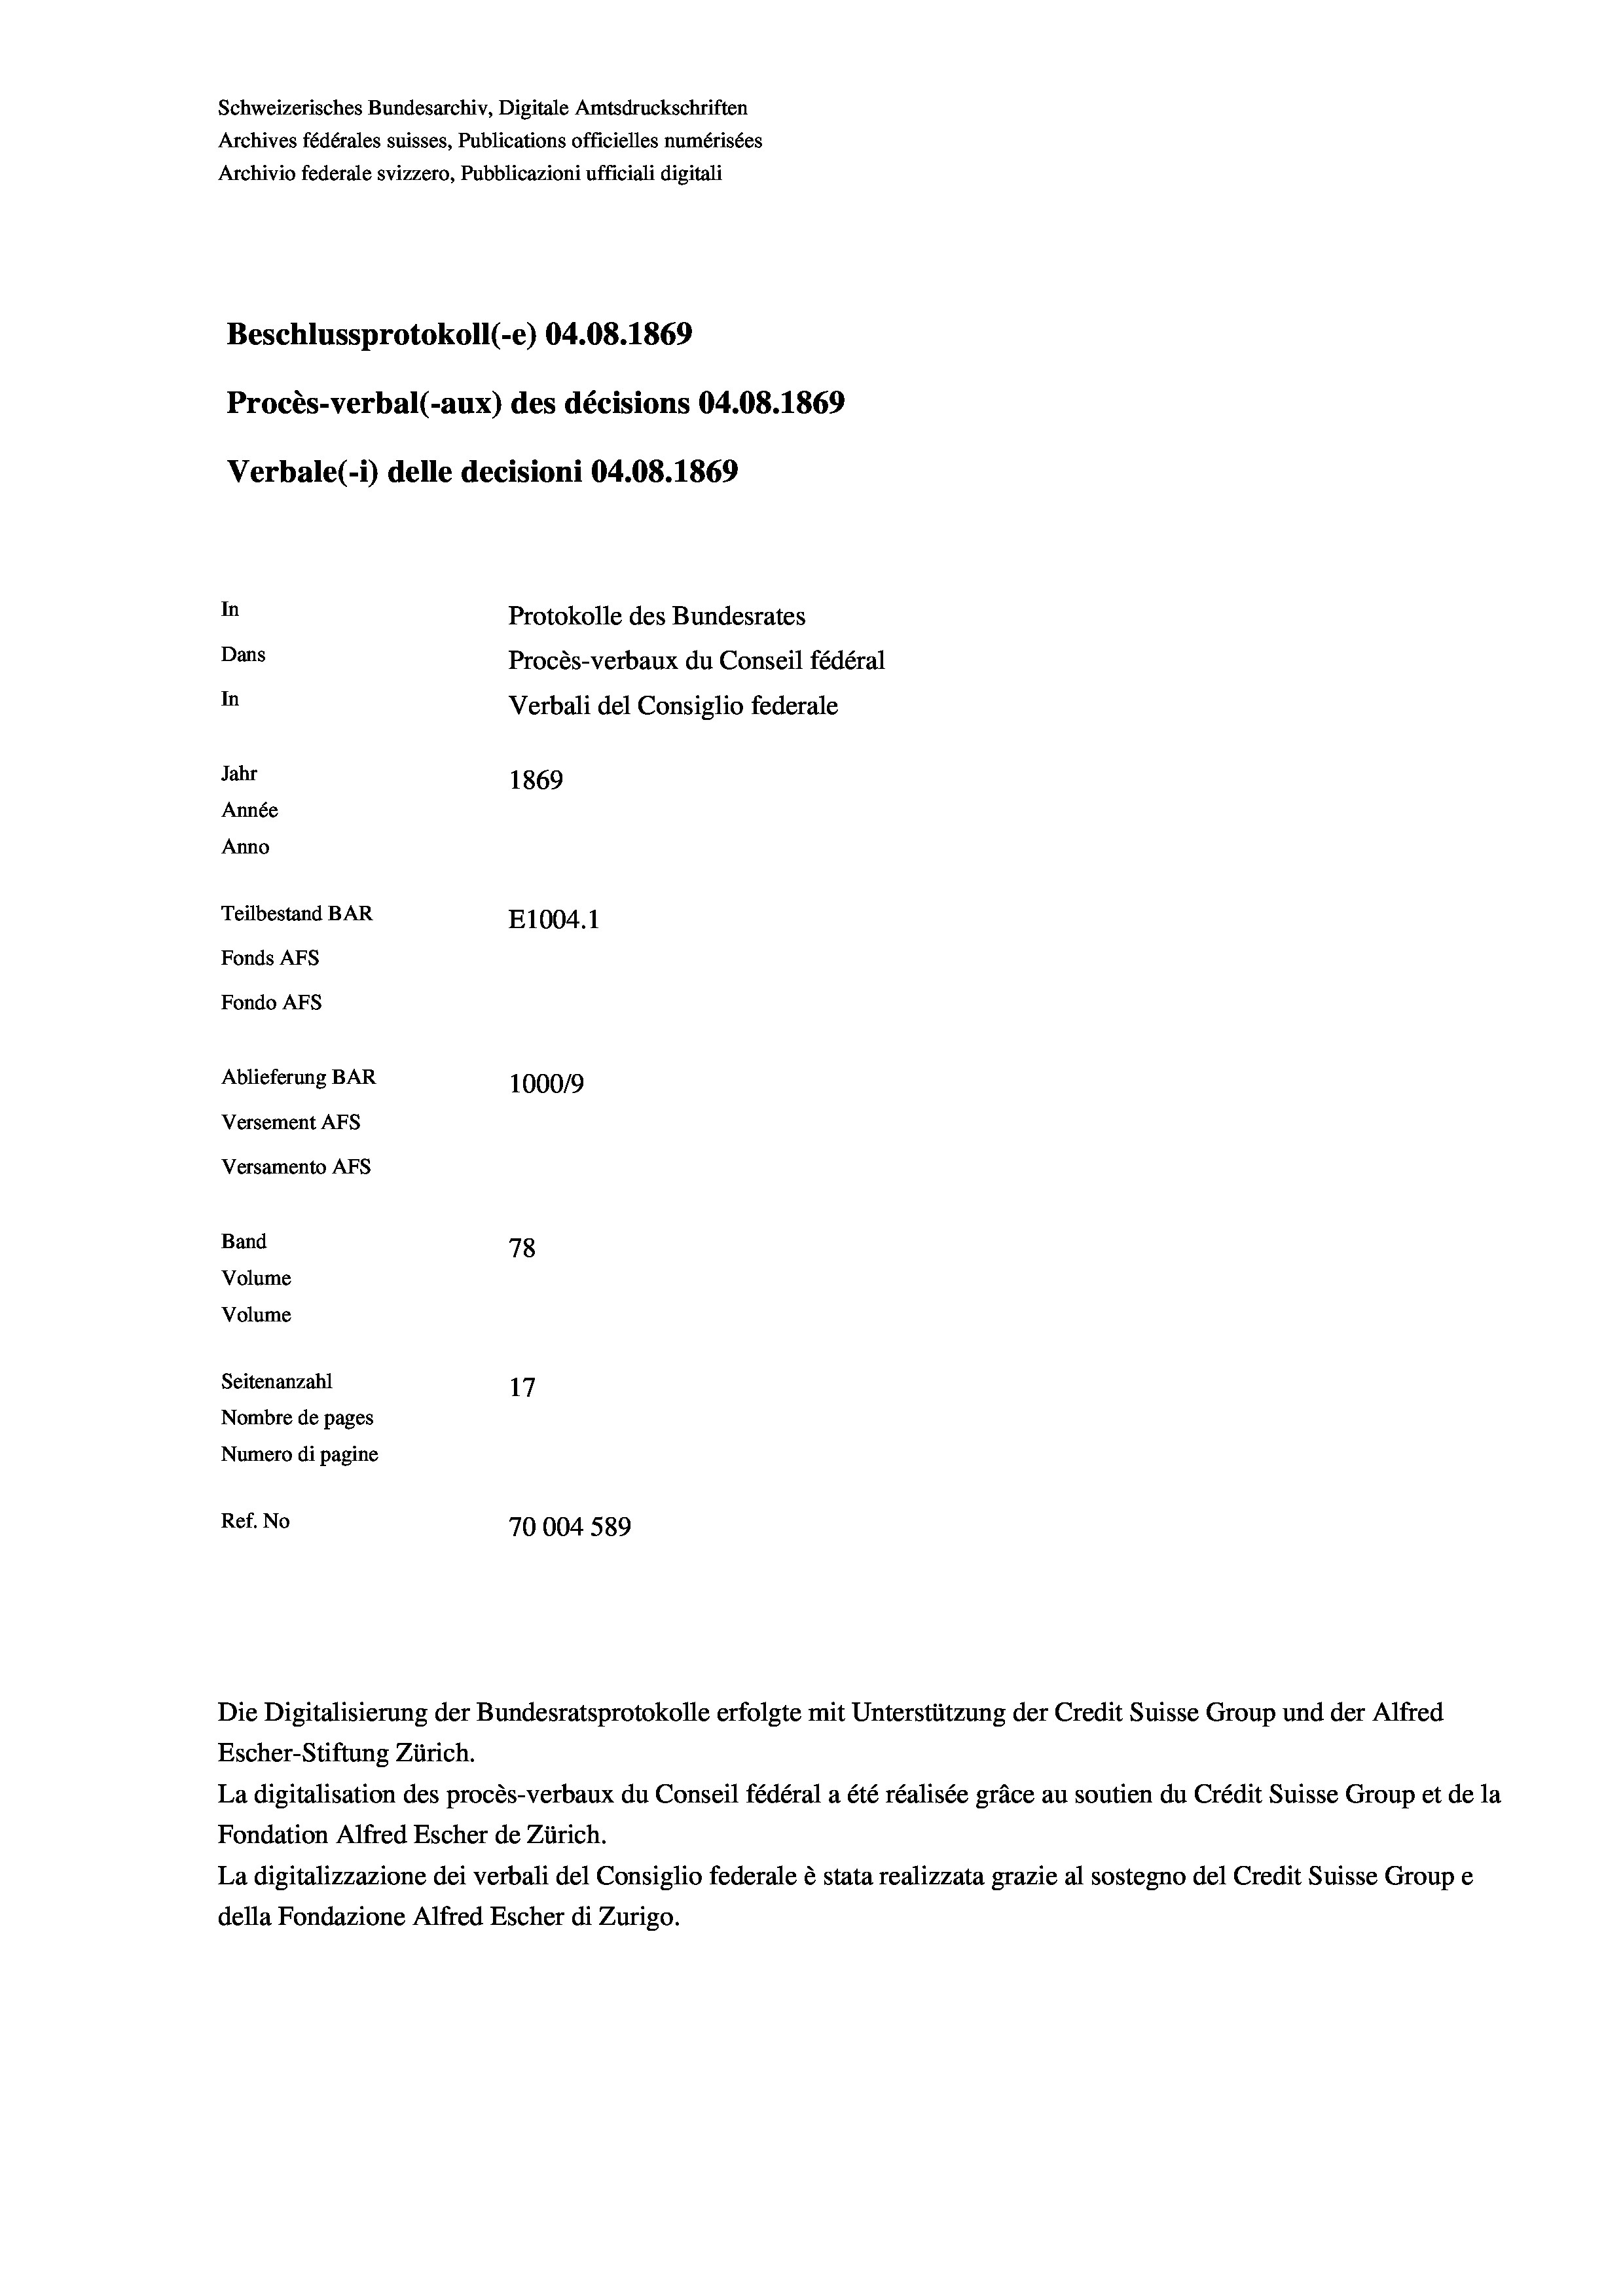
Schweizerisches Bundesarchiv, Digitale Amtsdruckschriften
Archives fédérales suisses, Publications officielles numérisées
Archivio federale svizzero, Pubblicazioni ufficiali digitali
Beschlussprotokoll (-e) 04.08. 1869
Procès-verbal (-aux) des décisions 04.08.1869
Verbale (1) delle decisioni 04.08. 1869
In
Protokolle des Bundesrates
Dans
Procès-verbaux du Conseil fédéral
In
Verbali del Consiglio federale
Jahr
1869
Année
Anno
Teilbestand BAR
E1004.1
Fonds AFs
Fondo Afs
Ablieferung BAR
100019
Versement AFS
Versamento Afs
Band
78
Volume
Volume

Seitenanzahl
17
Nombre de pages
Numero di pagine
Ref. No
70004 589

Escher-Stiftung Zürich.
La digitalisation des procès-verbaux du Conseil fédéral a été réalisée gräce au soutien du Crédit Suisse Group et de la
Fondation Alfred Escher de Zürich.
La digitalizzazione dei verbali del Consiglio federale è stata realizzata grazie al sostegno del Credit Suisse Groupe
della Fondazione Alfred Escher di Zurigo.

Die Digitalisierung der Bundesratsprotokolle erfolgte mit Unterstützung der Credit Suisse Group und der Alfred